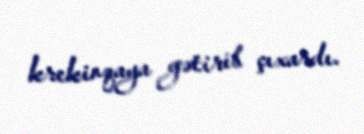
krekinqaya gətirib çıxardı.